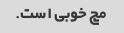
مچ خوبی است.